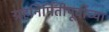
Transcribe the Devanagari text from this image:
ग्रहनिर्मितीपूर्वीच्या